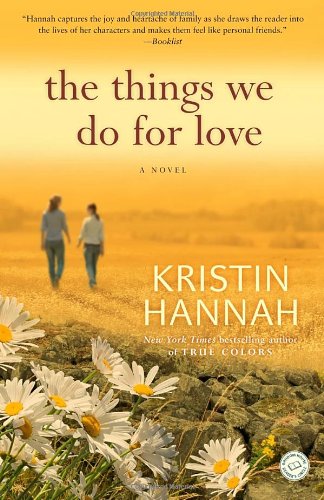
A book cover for The Things We Do for Love: A Novel; Kristin Hannah; Literature & Fiction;